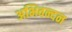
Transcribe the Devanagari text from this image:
अभिवन्दन